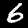
Label: 6